Medical and sanitary report of the native army of Madras for the year
Year: 1877
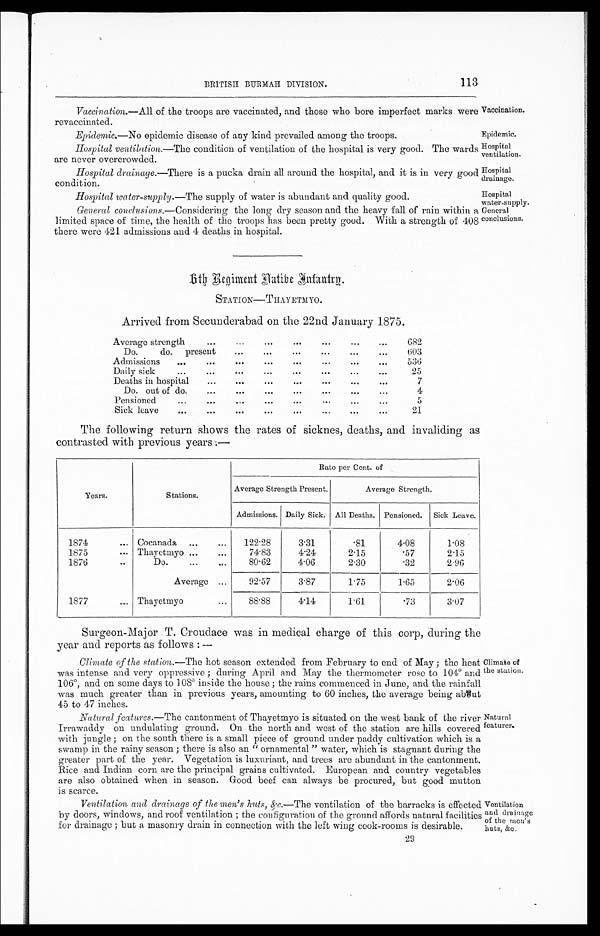
Vaccination.
Epidemic.
Hospital
ventilation.
Hospital
drainage.
Hospital
water-supply.
General
conclusions.
Ventilation
and drainage
of the
men's
huts, &c.
113
BRITISH BURMAH DIVISION.
Vaccination.— All of the troops are vaccinated, and those who bore imperfect marks were
revaccinated.
Epidemic.—No epidemic disease of any kind prevailed among the troops.
Hospital ventilation.—The condition of ventilation of the hospital is very good. The ward
are never overcrowded.
Hospital drainage.—There is a pucka drain all around the hospital, and it is in very good
condition.
Hospital water-supply.—The supply of water is abundant and quality good.
General conclusions. —Considering the long dry season and the heavy fall of rain within
limited space of time, the health of the troops has been pretty good. With a strength of 408
there were 421 admissions and 4 deaths in hospital.
6th Regiment Native Infantry.
STATION—THAYETMYO.
Arrived from Secunderabad on the 22nd January 1875.
Average strength
...
...
. . . . . .
...
...
...
682
Do. do. present
...
. . . ...
...
...
...
6 0 3
Admissions
...
...
. . .
. . .
. . .
. . .
. . .
. . .
536
Daily sick
...
...
...
. . .
. . . ...
...
25
Deaths in hospital...
. . . . .
. . .
. . .
. . .
. . .
7
Do. out of do....
. . .
. . . ...
. . .
. . .
. . .
4
Pensioned
...
. . .
. . .
. . . . . .
. . .
. . .
5
Sick leave
...
. . .
. . .
. . . . . .
. . .
. . .
21
The following return shows the rates of sicknes, deaths, and invaliding as
contrasted with previous years :—
Years.
Stations.
Rate per Cent. of
Average Strength Present.
Average Strength.
Admissions. Daily Sick. All Deaths. Pensioned. Sick Leave.
1874
... Cocanada ...
...
122 . 28
3·31
·81
4·08
1·08
1875
... Thayetmyo ...
...
74·83
4·24
2·15
·57
2·15
1876
Do.
80·62
4·06
2·30
·32
2·96
Average ...
92·57
3·87
1·75
1·65
2·06
1877
... Thayetmyo
...
88·88
4·14
1·61
·73
3·07
Surgeon-Major . T. Croudace was in medical charge of this corp, during the
year and retorts as follows :—
Climate of the station.— The hot season extended from February to end of May ; the heat
was intense and very oppressive ; during April and May the thermometer rose to 104° and
106°, and on some days to 108°
inside the house ; the rains commenced in June, and the rainfall
was much greater than in previous years, amounting to 60 inches, the average being about
45 to 47 inches.
.Natural features.—The cantonment of Thayetmyo is situated on the west bank of the river
Irrawaddy on undulating ground. On the north and west of the station are hills covered
with jungle ; on the south there is a small piece of ground under paddy cultivation which is a
swamp in the rainy season ; there is also an " ornamental " water, which is stagnant during the
greater part of the year. Vegetation is luxuriant, and trees are abundant in the cantonment.
Rice and Indian corn are the principal grains cultivated. European and country vegetables
are also obtained when in season. Good beef can always be procured, but good mutton
is scarce.
Ventilation and drainage of the men's huts, &c .—The ventilation of the barracks is effected
by doors, windows, and roof ventilation ; the configuration of the ground affords natural facilities
for drainage ; but a masonry drain in connection with the left wing cook-rooms is desirable.
Climate of
the station.
Natural
Features.
29